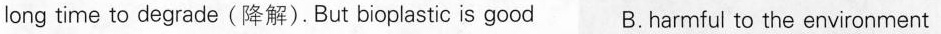
long time to degrade(降解).But bioplastic is good B. Harmful to the environment